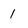
Character: 1